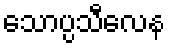
သောပ္ပသီလေန